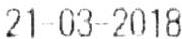
21-03-2018